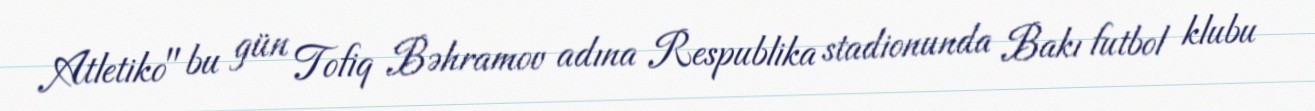
Atletiko" bu gün Tofiq Bəhramov adına Respublika stadionunda Bakı futbol klubu